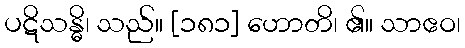
ပဋိသန္ဓိ၊ သည်။ [၁၈၁] ဟောတိ၊ ၏။ သာဧဝ၊